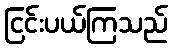
ငြင်းပယ်ကြသည်